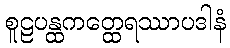
စူဠပန္ထကတ္ထေရဿာပဒါနံ